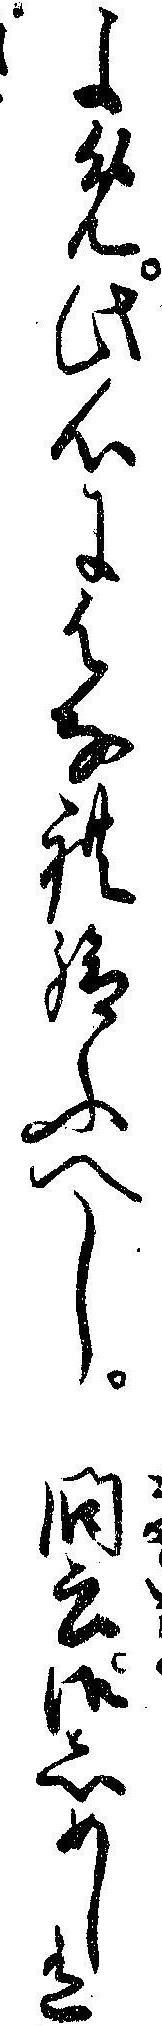
よめ此心にはなれ給ふへし問云御しめし有